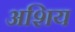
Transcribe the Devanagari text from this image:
अशिय